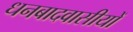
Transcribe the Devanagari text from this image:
धनबादवासीयों